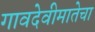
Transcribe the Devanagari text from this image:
गावदेवीमातेचा